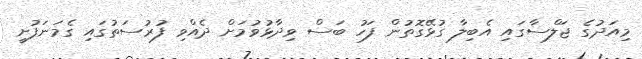
މިއަދުގެ ޖަލްސާގައި އެބިލާ ގުޅޭގޮތުން ފަހު ބަސް ވިދާޅުވުމަށް ދެއްވި ފުރުސަތުގައި ގެމަނަފުށީ